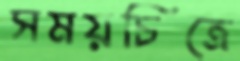
সময়চিত্রে